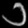
Digit: ၁